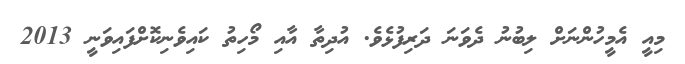
މިއީ އެމީހުންނަށް ލިބުނު ދެވަނަ ދަރިފުޅެވެ. އުދިތާ އާއި މޯހިތު ކައިވެނިކޮށްފައިވަނީ 2013